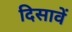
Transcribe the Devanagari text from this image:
दिसावें